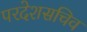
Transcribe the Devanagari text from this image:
परदेशसचिव